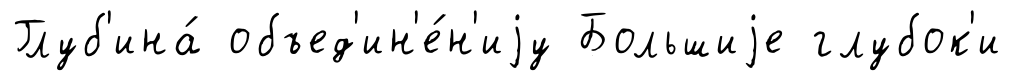
Глуб'ина́ объед'ин'е́н'иjу Большиjе глубок'и